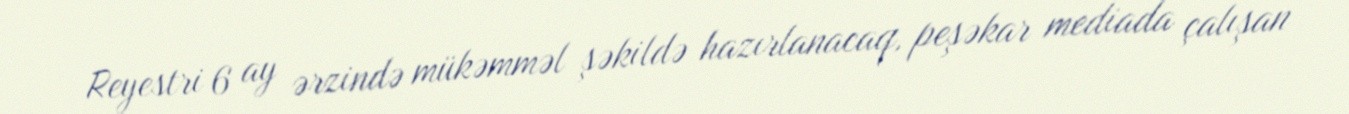
Reyestri 6 ay ərzində mükəmməl şəkildə hazırlanacaq, peşəkar mediada çalışan